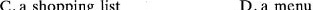
C.a shopping list D.a menu